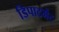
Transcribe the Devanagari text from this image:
डिपाटमेंट